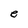
Character: e